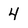
Character: 4